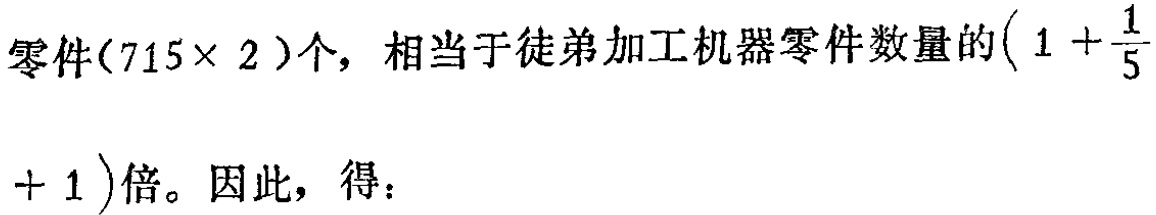
零件\((715\times 2)\)个，相当于徒弟加工机器零件数量的\(\left(1 + \dfrac{1}{5}+ 1\right)\)倍。因此，得：